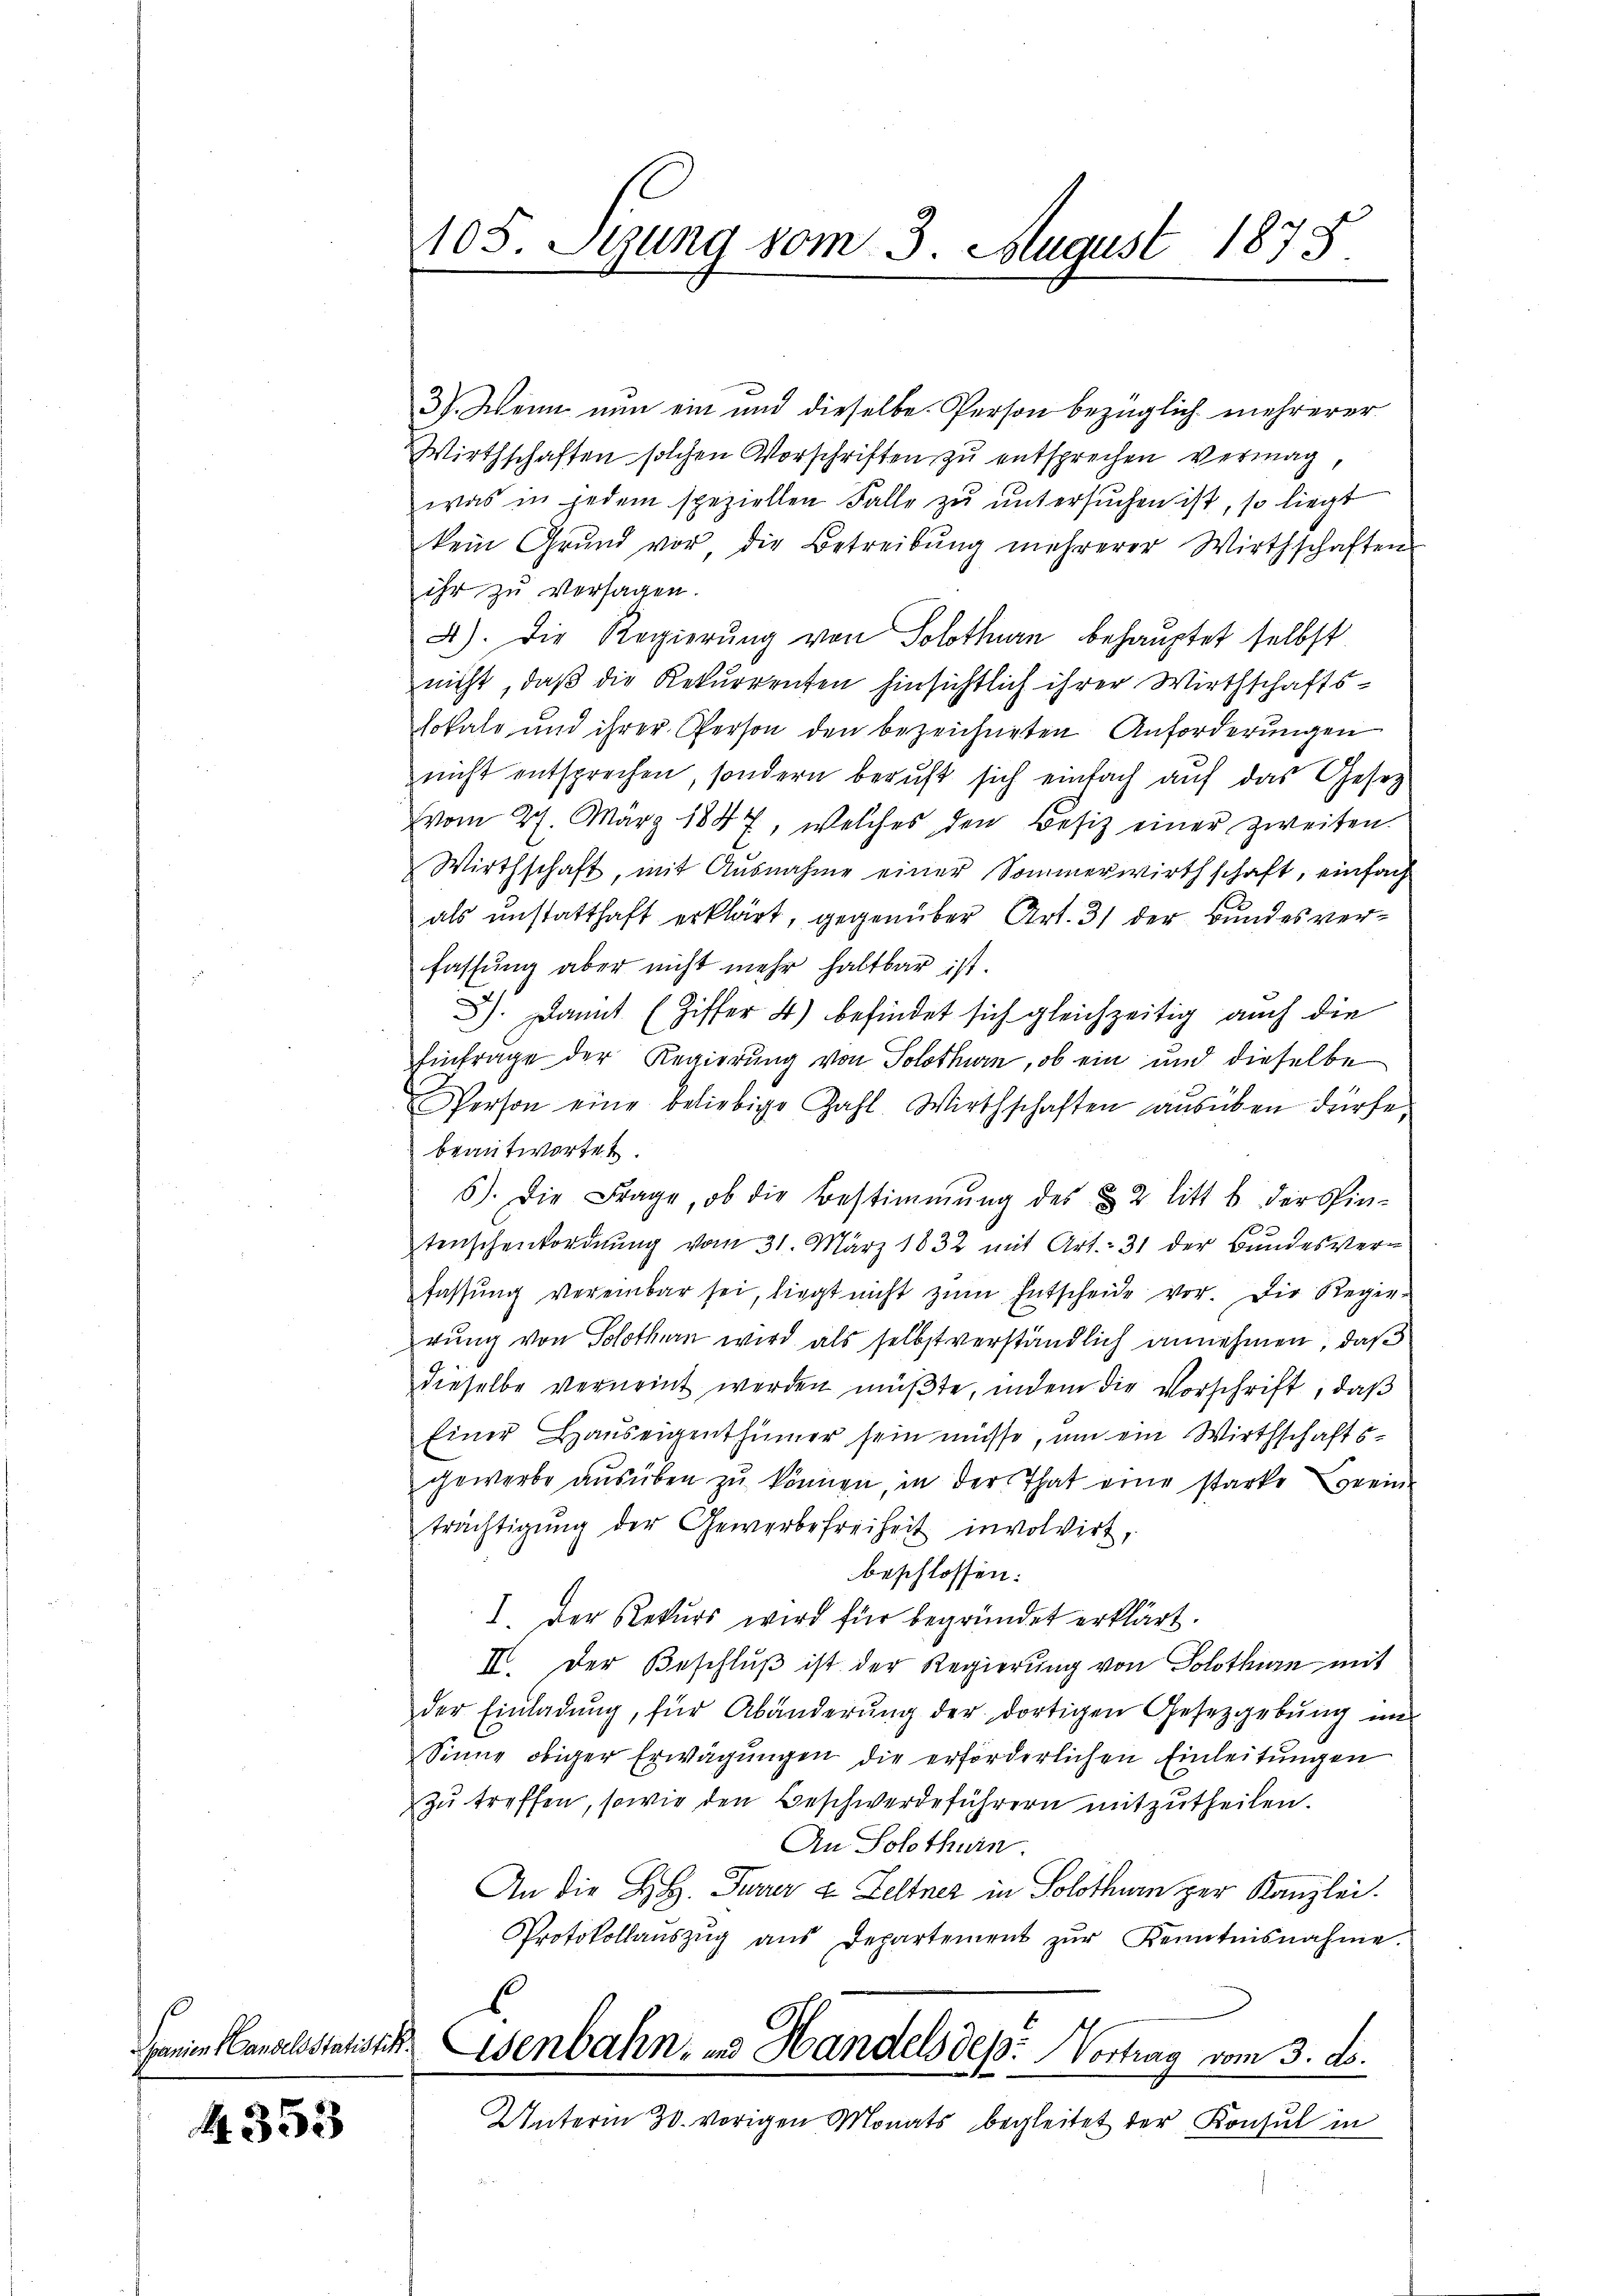
anien andelsstatis tit.

A 353

105. Stung vom 3. August 1875.

3). Wenn nun ein und dieselbe Person bezüglich mehrerer
Wirthschaften solchen Vorschriften zu entsprechen vermag,
was in jedem speziellen Falle zu untersuchen ist, so liegt
kein Grund vor, die Betreibŭng mehrerer Wirthschaften
ihr zu versagen.
4). Die Regierung von Solothurn behauptet selbst
nicht, daß die Rekurrenten hinsichtlich ihrer Wirthschafts-
lokale und ihrer Person den bezeichneten Anforderungen
nicht entsprechen, sondern beruft sich einfach auf das Gesetz
vom 27. März 1847, welches den Besitz einer zweiten.
Wirthschaft, mit Ausnahme einer Sommerwirthschaft, einfach
als unstatthaft erklärt, gegenüber Art. 31 der Bundesverfassung aber nicht mehr haltbar ist.
). Damit (Ziffer 4) befindet sich gleichzeitig auch die
Einfrage der Regierung von Solothurn, ob ein und dieselbe
Person eine beliebige Zahl. Wirthschaften aŭsüben dürfe
beantwortet.
6). Die Frage, ob die Bestimmung des § 2 litt b. der sin-
tenschenkordnŭng vom 31. März 1832 mit Art. 31 der Bŭndesver-
fassŭng vereinbar sei, liegt nicht zŭm Entscheide vor. Die Regie-
rung von Solothurn wird als selbst verständlich annehmen, daß
dieselbe verneint werden müßte, indem die Vorschrift, daß
Einer Hauseigenthümer sein müsse, um ein Wirthschaftsgewerbe aŭsüben zŭ können, in der That eine starke Berein-
trächtigŭng der Gewerbefreiheit involvirt,
beschlossen:
I. Der Rekurs wird für begründet erklärt.
II. Der Beschlŭβ ist der Regierung von Solothurn mit
der Einladŭng, für Abänderŭng der dortigen Gesetzgebŭng im
Sinne obiger Erwägungen die erforderlichen Einleitungen
zu treffen, sowie den Beschwerdeführern mitzutheilen.
An Solothurn.
An die H.H. Taver & Feltner in Solothurn zur Kanzlei.
Protokollaŭszŭg ans Departement zŭr Kenntnisnahme.
Esenbahn, und Handels des Vortrag vom 3. ds.
Unterm 30. vorigen Monats begleitet der Konsul in